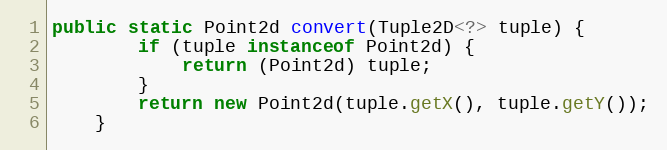
Language: Java
public static Point2d convert(Tuple2D<?> tuple) {
		if (tuple instanceof Point2d) {
			return (Point2d) tuple;
		}
		return new Point2d(tuple.getX(), tuple.getY());
	}